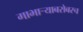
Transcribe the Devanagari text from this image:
गाभाऱ्याबरोबरच